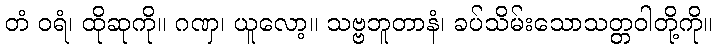
တံ ဝရံ၊ ထိုဆုကို။ ဂဏှ၊ ယူလော့။ သဗ္ဗဘူတာနံ၊ ခပ်သိမ်းသောသတ္တဝါတို့ကို။